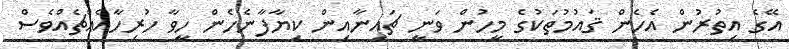
އޭގެ އިތުރުން އެހެން ޤައުމުތަކުގެ މީހުން ވަނީ ޗައިނާއިން ކިޔާފާނެހެން ހީވާ ހުރިހާއެއްޗެއްވެސް